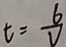
t = \frac { 6 } { V }